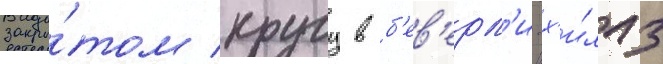
закры́том кругу в б'ев'ерл'и-х'и́ллз